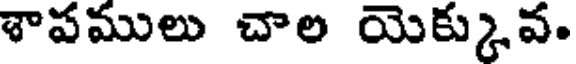
శాపములు చాల యెక్కువ.